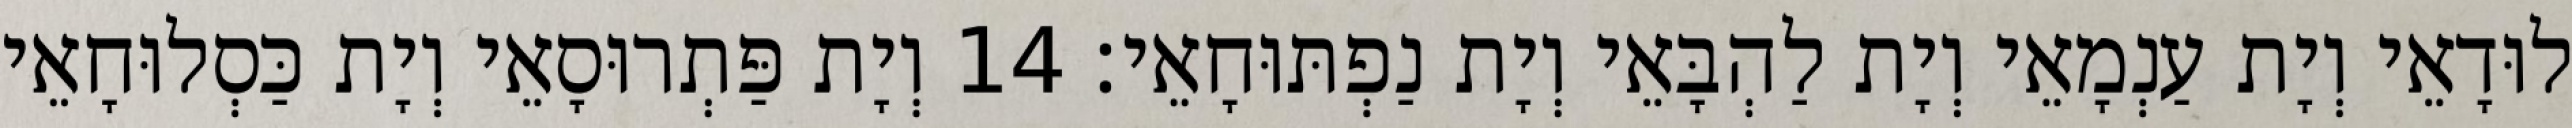
לוּדָאֵי וְיָת עַנְמָאֵי וְיָת לַהְבָּאֵי וְיָת נַפְתּוּחָאֵי׃ 14 וְיָת פַּתְרוּסָאֵי וְיָת כַּסְלוּחָאֵי